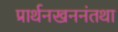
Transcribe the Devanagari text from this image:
प्रार्थनखननंतथा